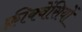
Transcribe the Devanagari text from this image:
फ़्रीक्वेंसियों